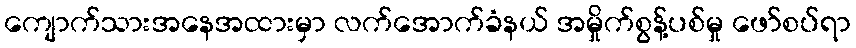
ကျောက်သားအနေအထားမှာ လက်အောက်ခံနယ် အမှိုက်စွန့်ပစ်မှု ဖော်စပ်ရာ